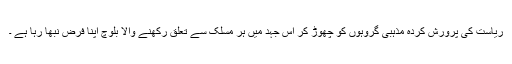
ریاست کی پرورش کردہ مذہبی گروہوں کو چھوڑ کر اس جہد میں ہر مسلک سے تعلق رکھنے والا بلوچ اپنا فرض نبھا رہا ہے ۔